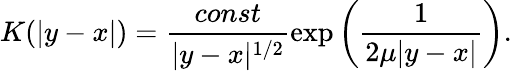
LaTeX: K(|y-x|)=\frac{const}{|y-x|^{1/2}}\exp\left(\frac{1}{2\mu|y-x|}\right).